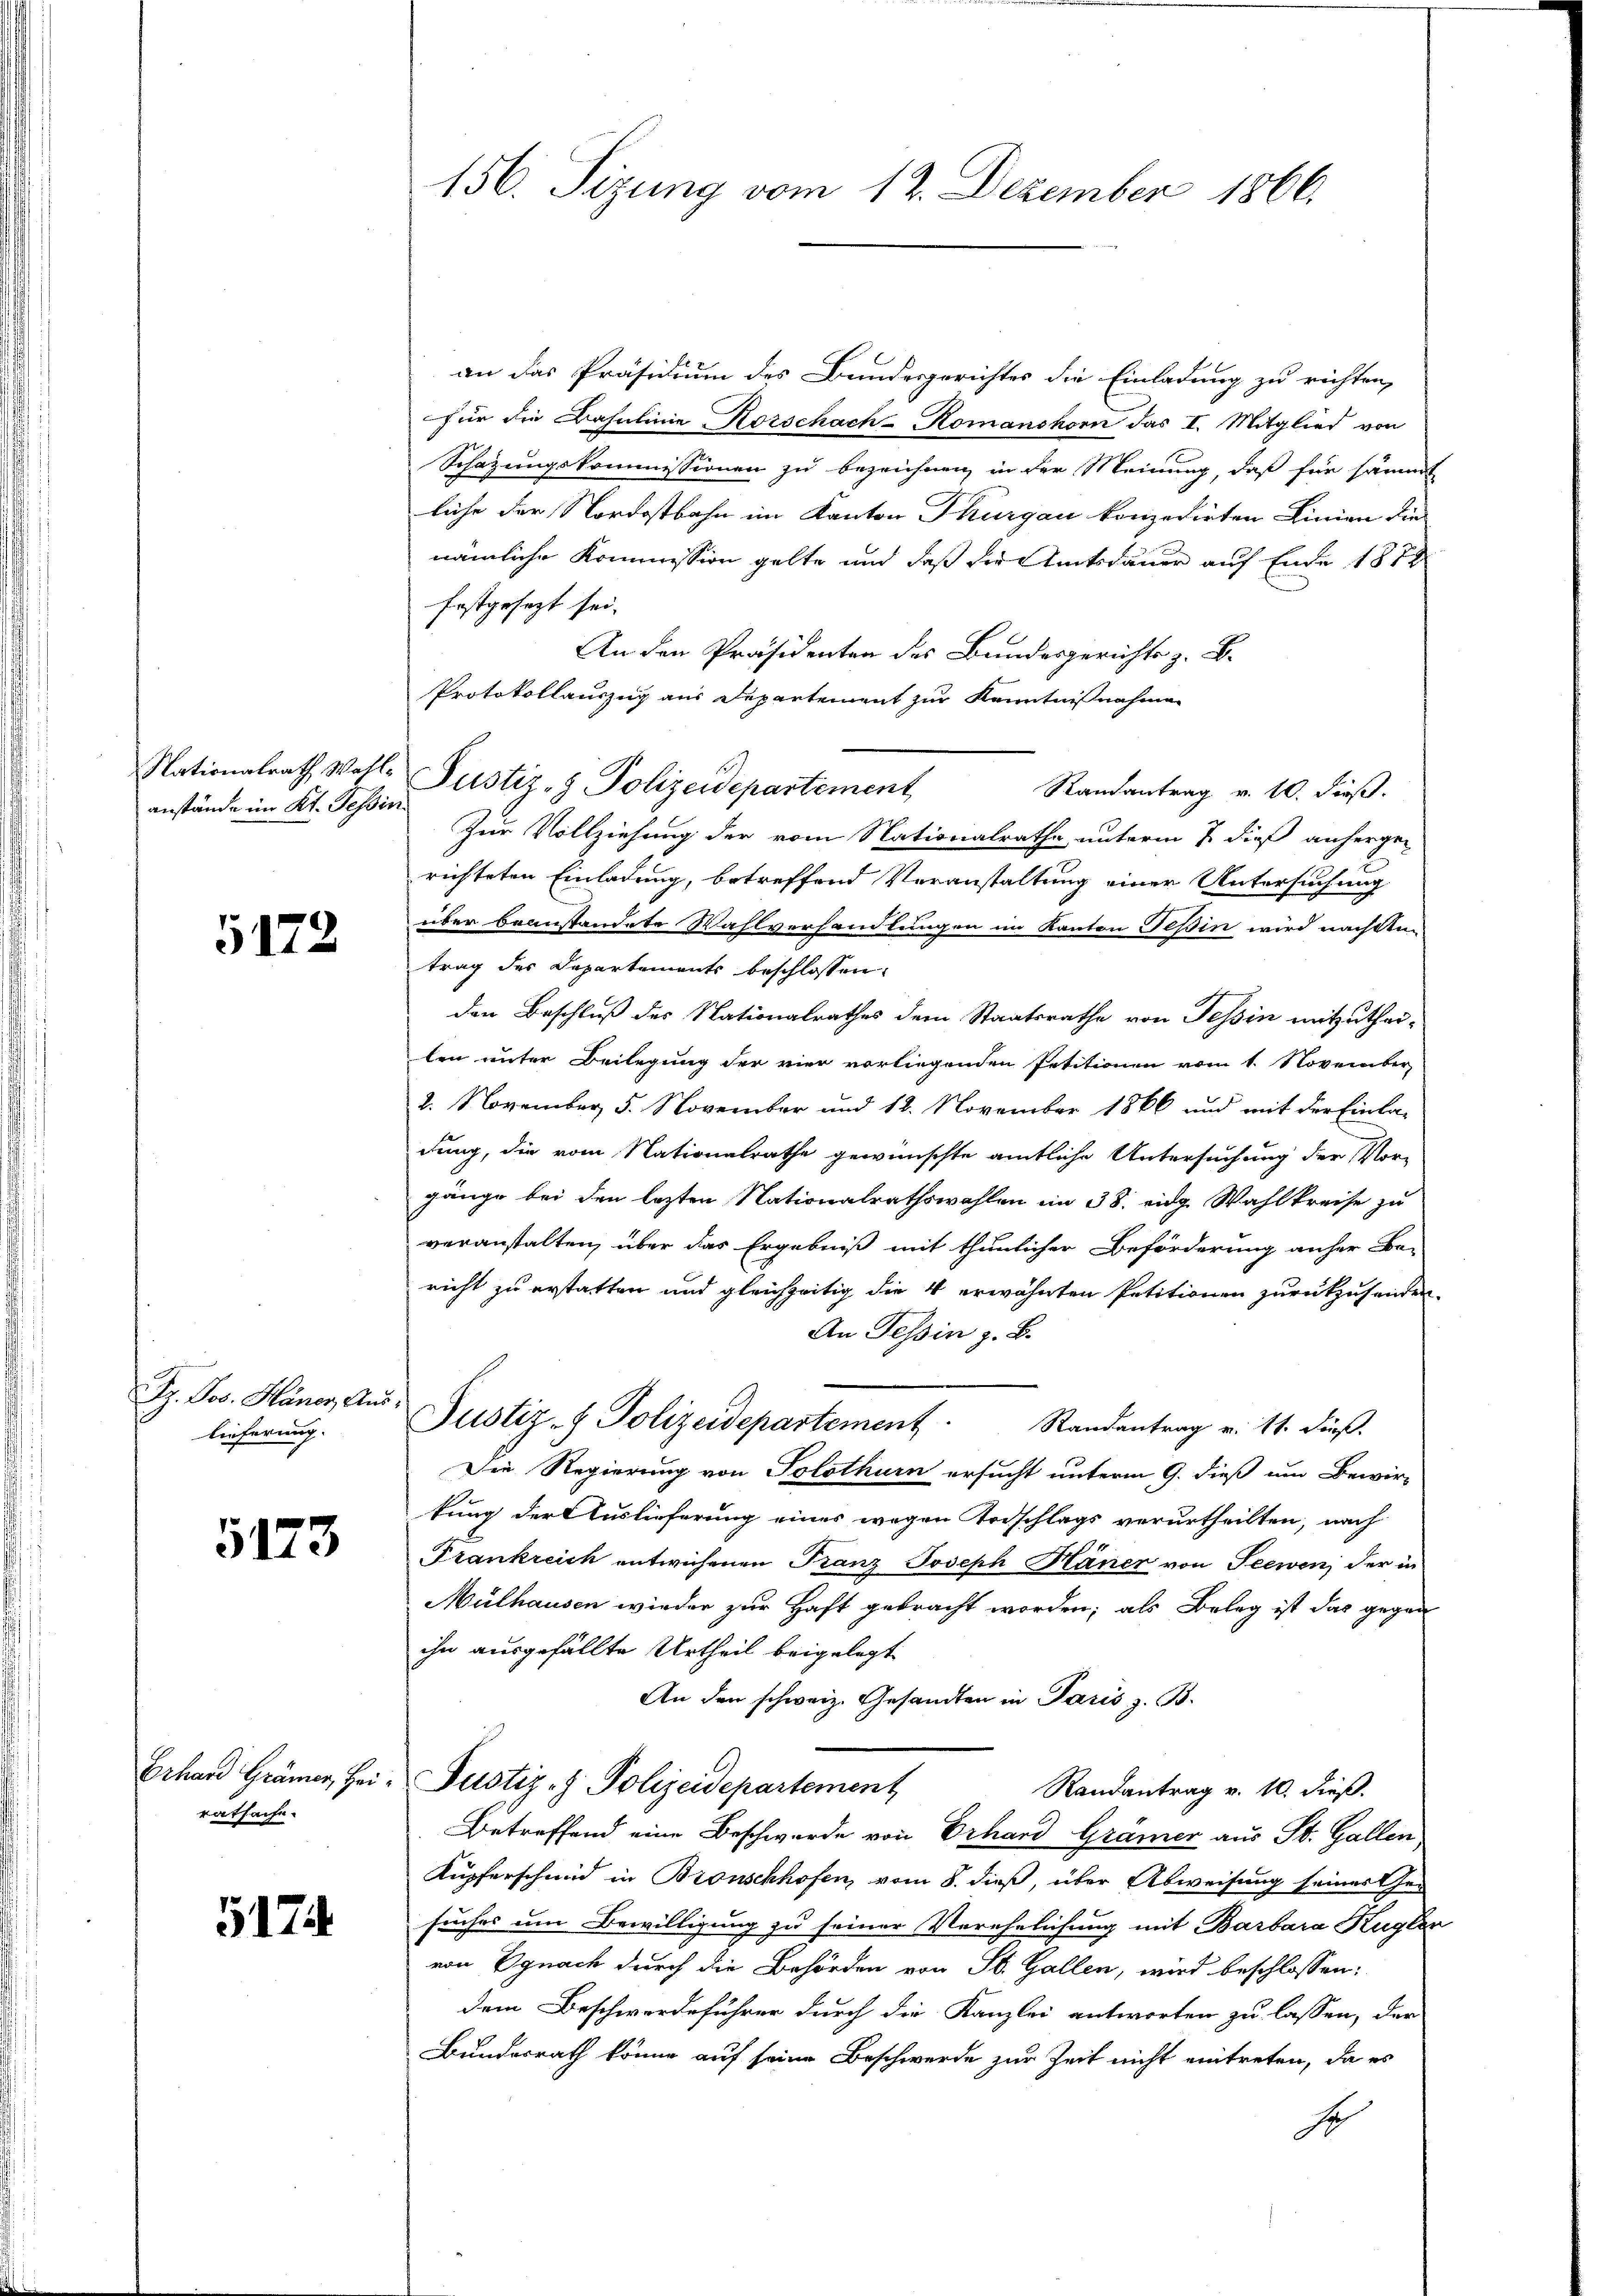
anstände im Kt. Tessin

G172

Dr. Jos. Häner An
lieferung.

5173

Erhard Grämer, Heiratsache.

517

156. Sizung vom 12. Dezember 1866.

Nationalrath Walle Justiz- & Polizeidepartement

an das Präsidium des Bundesgerichtes die Einladung zu richten,
für die Basulinie Korschach-Komanshorn das I. Mitglied von
Schazungskommissionen zu bezeichnen, in der Meinung, daß für sämmt
liche der Nordostbahn im Kanton Thurgau konzedirten Linien die
nämliche Kommission gelte und daß die Amtsdauer auf Ende 1874
festgesezt sei.
An den Präsidenten des Bundesgerichts z. B.
Protokollauszug aus Departement zur Kenntnißnahmen
Randantrag v. 10. dieß.
Zur Vollziehung der vom Nationalrathe unterm 7. dieß anhergen
richteten Einladung, betreffend Veranstaltung einer Untersuchung
über beanstandete Wahlverhandlungen im Kanton Tessin wird nachdem
trag des Departements beschlossen:
den Beschluß des Nationalrathes dem Staatsrathe von Tessin mitzuthei-
len unter Beilegung der vier vorliegenden Petitionen vom 1. November,
2. November 5. November und 12. November 1866 und mit der Einla-
dung, die vom Nationalrathe gewünschte amtliche Untersuchung der Vor-
gänge bei den lezten Nationalrathswahlen im 38. eidg. Wahlkreise zu
veranstalten, über das Ergebniß mit thunlicher Beförderung anher Be-
richt zu erstatten und gleichzeitig die 4 erwähnten Petitionen zurückzusenden.
An Tessin z. B.
u.
Justiz- & Polizeidepartement. Randantrag u. 11. dieβ.
Die Regierung von Solothurn ersucht unterm 9. dieß um Bewir-
tung der Auslieferung eines wegen Todschlags verurtheilten, nach
Frankreich entwichenen Franz Joseph Häner von Seewen, der in
Mulhausen wieder zur Haft gebracht worden; als Beleg ist das gegen
ihn ausgefällte Urtheil beigelegt
An den schweiz. Gesandten in Paris z. B.
Justiz- & Polizeidepartement
Randantrag v. 10. dieß.
Betreffend eine Beschwerde von Erhard Grämer aus St. Gallen,
Kupferschmid in Bronschhofen, vom 8. dieß, über Abweisung seiner Gesuches um Bewilligung zu seiner Verehelichung mit Barbara Kugler
von Egnach durch die Behörden von St. Gallen, wird beschlossen:
dem Beschwerdeführer durch die Kanzlei antworten zu lassen, der
Bundesrath könne auf seine Beschwerde zur Zeit nicht eintreten, da es
S